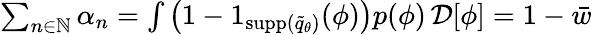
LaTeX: \begin{array}{r}{\sum_{n\in\mathbb{N}}\alpha_{n}=\int\left(1-1_{{\textrm{supp}}(\widetilde{q}_{\theta})}(\phi)\right)p(\phi)\, \mathcal{D}[\phi]=1-\bar{w}\, }\end{array}